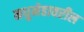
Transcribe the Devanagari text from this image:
मधुमेहावरील